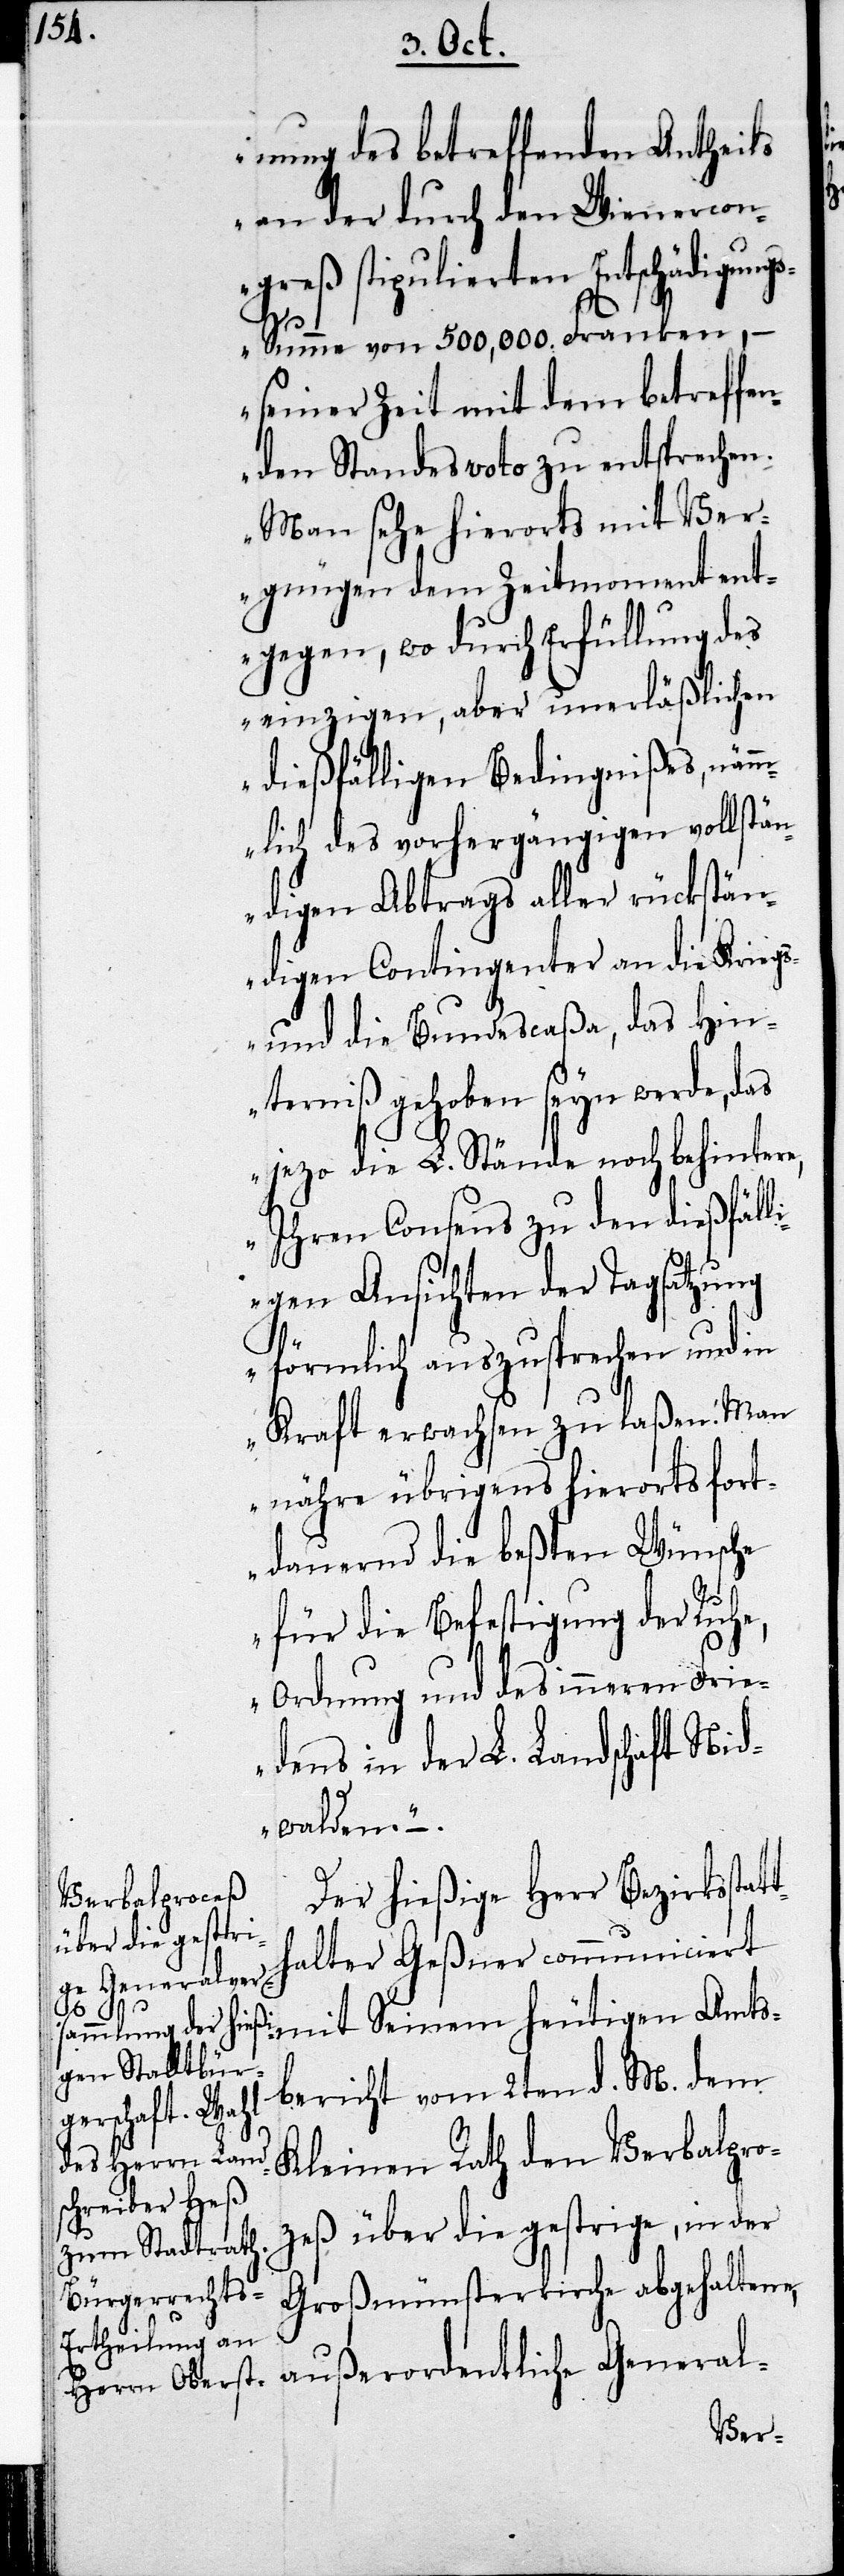
nung des betreffenden Antheils
an der durch den Wienercon¬
greß stipulierten Entschädigung¬
Amts¬
s-Summe von 500,000. Franken, –
seiner Zeit mit dem betreffen¬
den Standesvoto zu entsprechen.
Man sehe hierorts mit Ver¬
gnügen dem Zeitmoment ent¬
gegen, wo durch Enthüllung des
einzigen, aber unerläßlichen
dießfälligen Bedingnißes, nämm¬
lich des vorhergängigen vollstän¬
digen Abtrags aller rückstän¬
digen Contingenter an die Kriegs-
und die Bundescaßa, das Hin¬
terniß gehoben seyn werde, das
jezo die L. Stände noch behintere,
Ihren Consens zu den dießfäll¬
igen Ansichten der Tagsatzung
förmlich auszusprechen und in
Kraft erwachsen zu laßen. Man
nähre übrigens hierorts fort¬
dauernd die beßten Wünsche
für die Befestigung der Ruhe,
Ordnung und des inneren Frie¬
dens in der L. Landschaft Nid¬
walden.“ –.
Der hießige Herr Bezirksstat¬
halter Geßner communiciert
bericht vom 2ten d. M. dem
Kleinen Rath den Verbalpro¬
ceß über die gestrige, in der
Großmünsterkirche abgehaltene,
außerordentliche General-